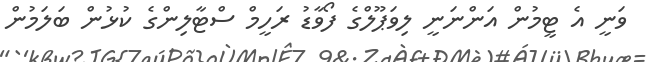
ވަނީ އެ ޓީމުން އަންނަނީ ލިވަޕޫލްގެ ފޯވާޑު ރަހީމް ސްޓާލިންގެ ކުޅުން ބަލަމުން